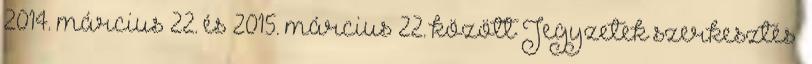
2014. március 22. és 2015. március 22. között Jegyzetek szerkesztés